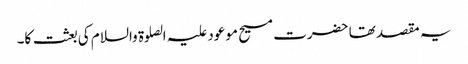
یہ مقصد تھا حضرت مسیح موعود علیہ الصلوۃ والسلام کی بعثت کا۔